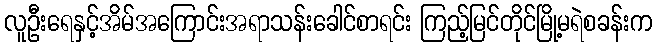
လူဦးရေနှင့်အိမ်အကြောင်းအရာသန်းခေါင်စာရင်း ကြည့်မြင်တိုင်မြို့မရဲစခန်းက